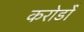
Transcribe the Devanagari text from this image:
करोडोँ